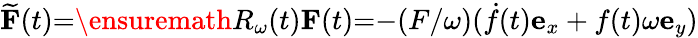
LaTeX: \widetilde{\mathbf{F}}(t){=}\ensuremath{R_{\omega}}(t)\mathbf{F}(t){=}{-}(F/\omega)(\dot{f}(t)\mathbf{e}_{x}+f(t)\omega\mathbf{e}_{y})